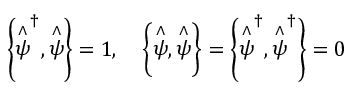
\left\{ \stackrel { \wedge } { \psi } ^ { \dagger } , \stackrel { \wedge } { \psi } \right\} = 1 , \quad \left\{ \stackrel { \wedge } { \psi } , \stackrel { \wedge } { \psi } \right\} = \left\{ \stackrel { \wedge } { \psi } ^ { \dagger } , \stackrel { \wedge } { \psi } ^ { \dagger } \right\} = 0